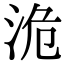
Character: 洈